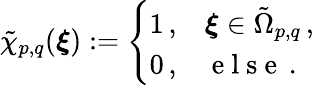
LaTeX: \tilde{\chi}_{p,q}(\boldsymbol{\xi}):=\left\{ \begin{array}{ll}{1\, ,}&{\boldsymbol{\xi}\in\tilde{\Omega}_{p,q}\, ,}\\ {0\, ,}&{\mathrm{~e~l~s~e~}\, .}\end{array}\right.